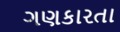
ગણકારતા